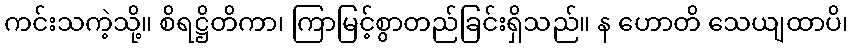
ကင်းသကဲ့သို့။ စိရဋ္ဌိတိကာ၊ ကြာမြင့်စွာတည်ခြင်းရှိသည်။ န ဟောတိ သေယျထာပိ၊